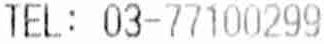
TEL: 03-77100299